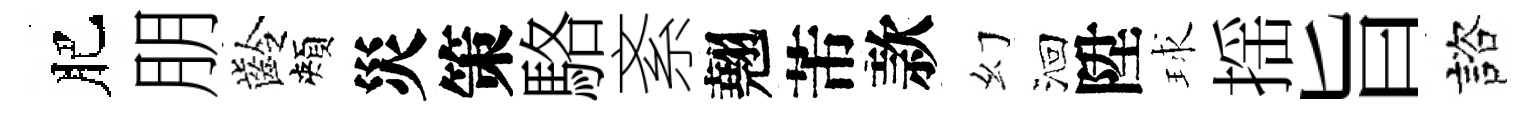
肥朋齡頰災策駱紊翹芾款幻洄陞球揺旨諮